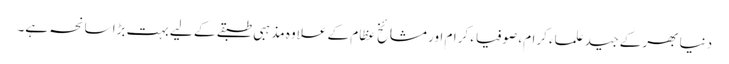
دنیا بھر کے جید علماء کرام، صوفیاء کرام اور مشائخ عظام کے علاوہ مذہبی طبقے کے لیے بہت بڑا سانحہ ہے۔